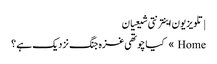
| تلویزیون اینترنتی شیعیان
Home » کیا چوتھی غزہ جنگ نزدیک ہے ؟